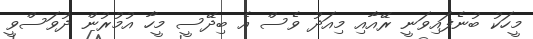
މީހަކު ބުނެފައިވަނީ ރޭއާއި މިއަދު ވެސް އެ ބިދޭސީ މީހާ އުމުރުން ދުވަސްވީ